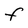
Character: f